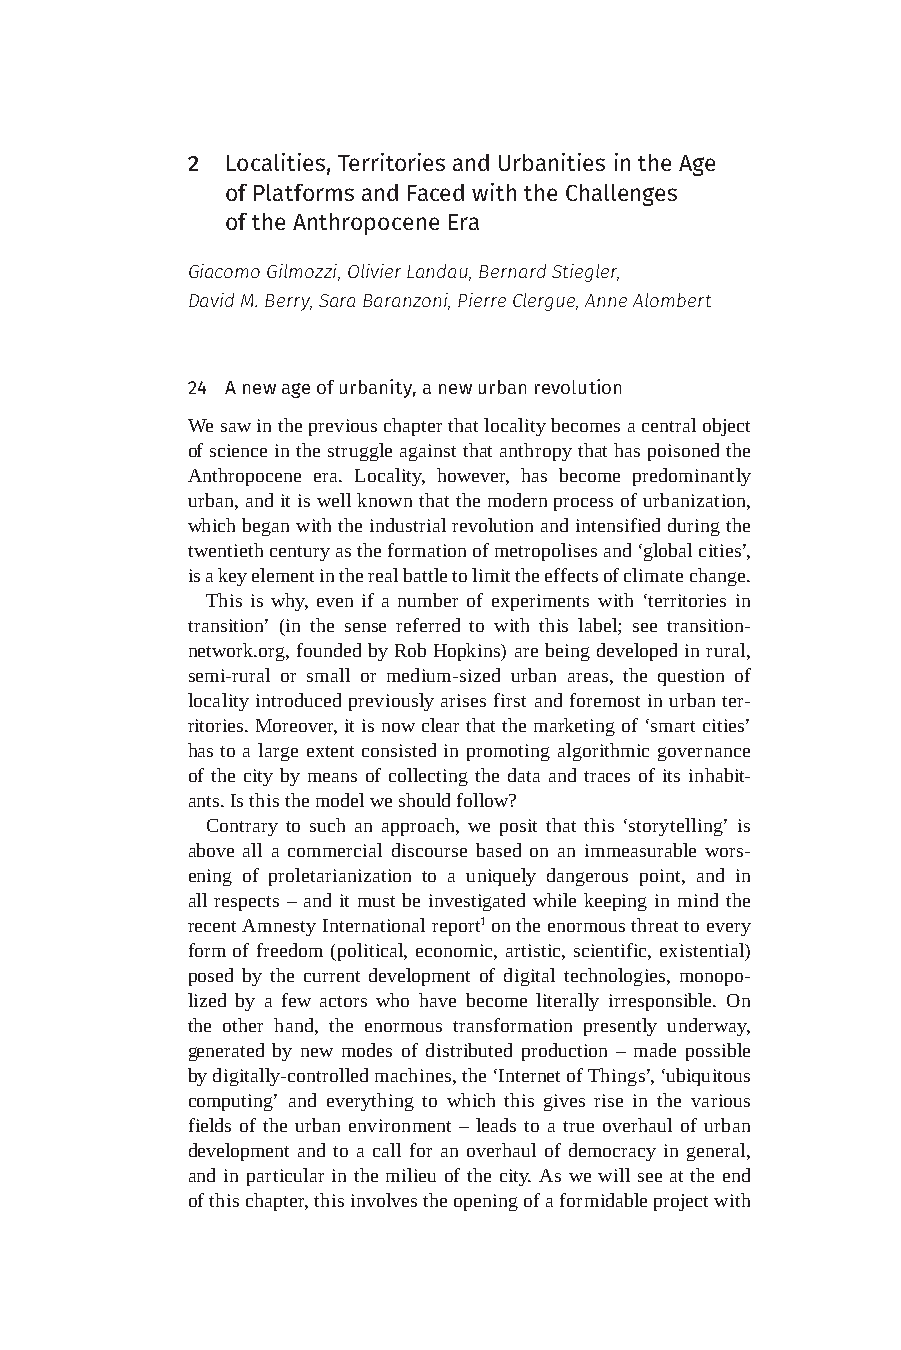
2  Localities, Territories and Urbanities in the Age
 of Platforms and Faced with the Challenges
 of the Anthropocene Era
 Giacomo Gilmozzi, Olivier Landau, Bernard Stiegler,
 David M. Berry, Sara Baranzoni, Pierre Clergue, Anne Alombert
 24 A new age of urbanity, a new urban revolution
 We saw in the previous chapter that locality becomes a central object
 of science in the struggle against that anthropy that has poisoned the
 Anthropocene era. Locality, however, has become predominantly
 urban, and it is well known that the modern process of urbanization,
 which began with the industrial revolution and intensified during the
 twentieth century as the formation of metropolises and ‘global cities’,
 is a key element in the real battle to limit the effects of climate change.
 This is why, even if a number of experiments with ‘territories in
 transition’ (in the sense referred to with this label; see transition-
 network.org, founded by Rob Hopkins) are being developed in rural,
 semi-rural or small or medium-sized urban areas, the question of
 locality introduced previously arises first and foremost in urban ter-
 ritories. Moreover, it is now clear that the marketing of ‘smart cities’
 has to a large extent consisted in promoting algorithmic governance
 of the city by means of collecting the data and traces of its inhabit-
 ants. Is this the model we should follow?
 Contrary to such an approach, we posit that this ‘storytelling’ is
 above all a commercial discourse based on an immeasurable wors-
 ening of proletarianization to a uniquely dangerous point, and in
 all respects – and it must be investigated while keeping in mind the
 recent Amnesty International report1 on the enormous threat to every
 form of freedom (political, economic, artistic, scientific, existential)
 posed by the current development of digital technologies, monopo-
 lized by a few actors who have become literally irresponsible. On
 the other hand, the enormous transformation presently underway,
 generated by new modes of distributed production – made possible
 by digitally-controlled machines, the ‘Internet of Things’, ‘ubiquitous
 computing’ and everything to which this gives rise in the various
 fields of the urban environment – leads to a true overhaul of urban
 development and to a call for an overhaul of democracy in general,
 and in particular in the milieu of the city. As we will see at the end
 of this chapter, this involves the opening of a formidable project with